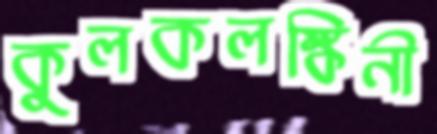
কুলকলঙ্কিনী